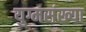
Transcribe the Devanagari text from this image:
युग्मसंख्या